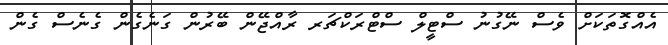
އެއްގޮތަަކަށް ވެސް ނޭގުނު ސްޓީލް ސްޓްރަކްޗަރ ރާއްޖޭން ބޭރުން ގަނެގެން ގެނެސް ގެން